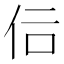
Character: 𠇙